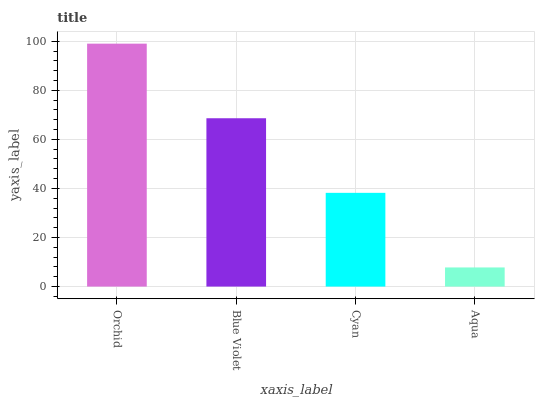
| xaxis_label | bars |
 | --- | --- |
 | Orchid | 99 |
 | Blue Violet | 68.6 |
 | Cyan | 38.2 |
 | Aqua | 7.8 |